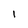
Character: I